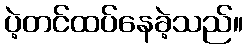
ပဲ့တင်ထပ်နေခဲ့သည်။